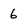
Character: 6